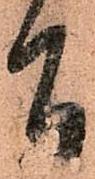
旨